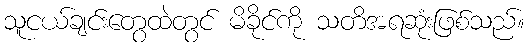
သူငယ်ချင်းတွေထဲတွင် မိခိုင်ကို သတိအရဆုံးဖြစ်သည်။